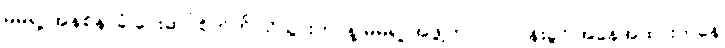
မိမိရဲ့ အနစ်နာခံ ပေးဆပ်စိတ်ကို သိသွားတာနဲ့ မိမိရဲ့ အဖွဲ့ဟာ လုပ်ငန်းခွင် အနေအထားကနေ